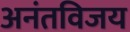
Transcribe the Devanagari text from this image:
अनंतविजय